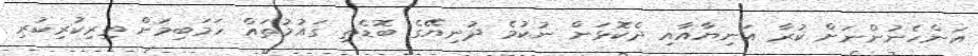
އަންހެނުންނަށް ކުރާ އަނިޔާއާއި ދެކޮޅަށް ނުކުމެ ދުނިޔޭގެ ބޮޑެތި ގައުމުތައް ހަމަބިމަށް ތިރިކުރިކުރި